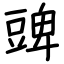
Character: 豍